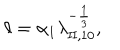
LaTeX: \ell = \alpha _ { 1 } \lambda _ { \mathrm { I I } , 1 0 } ^ { - \frac 1 3 } ,